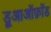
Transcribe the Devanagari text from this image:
डूआऑफ़ॉड